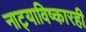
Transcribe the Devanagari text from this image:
नाट्याविष्कारही